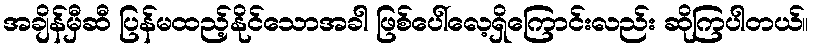
အချိန်မှီဆီ ပြန်မထည့်နိုင်သောအခါ ဖြစ်ပေါ်လေ့ရှိကြောင်းလည်း ဆိုကြပါတယ်။